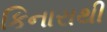
કિનારાથી